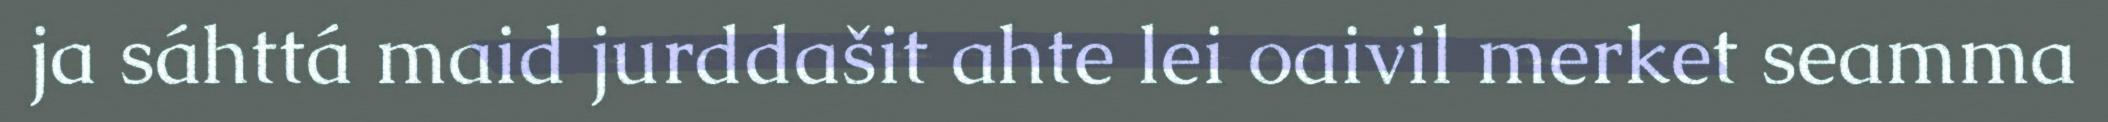
ja sáhttá maid jurddašit ahte lei oaivil merket seamma